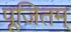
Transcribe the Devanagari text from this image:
पूजितम्